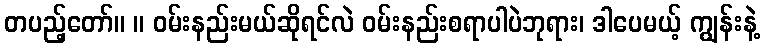
တပည့်တော်။ ။ ဝမ်းနည်းမယ်ဆိုရင်လဲ ဝမ်းနည်းစရာပါပဲဘုရား၊ ဒါပေမယ့် ကျွန်းနဲ့